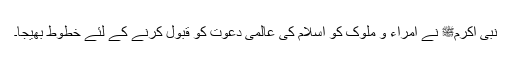
نبی اکرمﷺ نے امراء و ملوک کو اسلام کی عالمی دعوت کو قبول کرنے کے لئے خطوط بھیجا۔